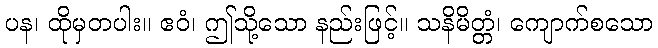
ပန၊ ထိုမှတပါး။ ဧဝံ၊ ဤသို့သော နည်းဖြင့်။ သနိမိတ္တံ၊ ကျောက်စသော